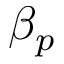
\beta _ { p }